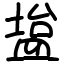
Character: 𫞱